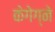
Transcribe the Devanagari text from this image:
केगेग्ने